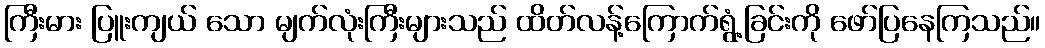
ကြီးမား ပြူးကျယ် သော မျက်လုံးကြီးများသည် ထိတ်လန့်ကြောက်ရွံ့ခြင်းကို ဖော်ပြနေကြသည်။